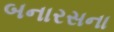
બનારસના